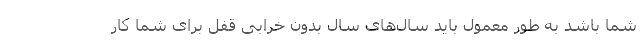
شما باشد به طور معمول باید سال­های سال بدون خرابی قفل برای شما کار